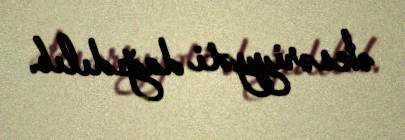
əksəriyyəti dağıdılıb.